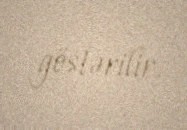
göstərilir.